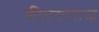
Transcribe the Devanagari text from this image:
कीटसमाज